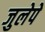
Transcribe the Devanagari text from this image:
जुलेपे